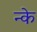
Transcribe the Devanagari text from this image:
न्के